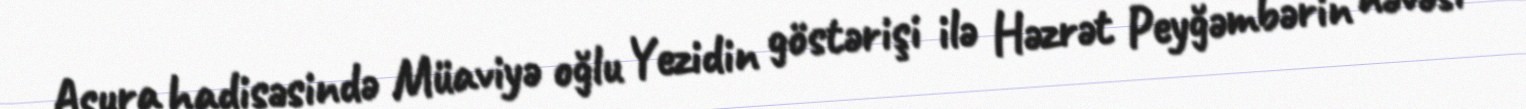
Aşura hadisəsində Müaviyə oğlu Yezidin göstərişi ilə Həzrət Peyğəmbərin nəvəsi